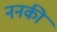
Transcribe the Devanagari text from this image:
ननकी